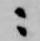
ニ